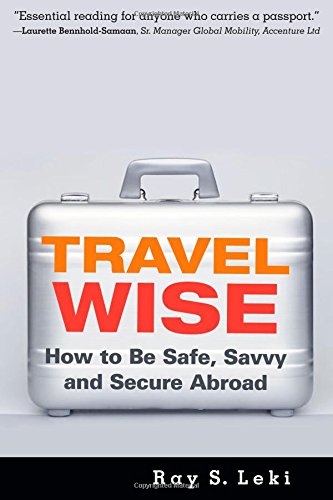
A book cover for Travel Wise: How to Be Safe, Savvy and Secure Abroad; Ray S. Leki; Travel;